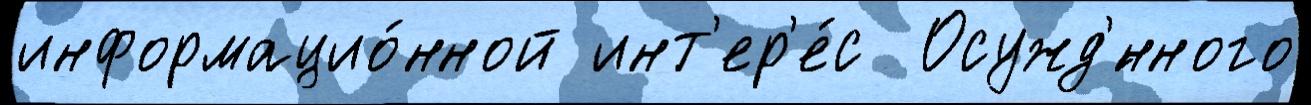
информацио́нной инт'ер'е́с  Осужд'́нного